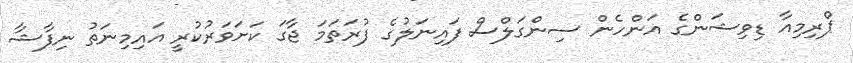
ޕްރިމިއާ ޑިވިޝަންގެ އަންހެން ސިންގަލްސް ފައިނަލުގެ ފުރަތަމަ ޖާގަ ކަށަވަރުކުރީ އައިމިނަތު ނިފާޝާ